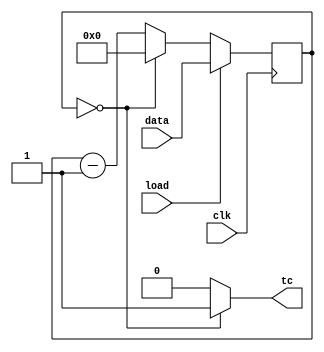
module top_module(
	input clk, 
	input load, 
	input [9:0] data, 
	output tc
);
    reg [9:0] cnt;
    
    assign tc=(cnt==10'h0)?1'b1:1'b0;
    
    always @(posedge clk) begin
        if(load)   cnt<=data;
        else begin
            if(cnt==10'h0)     cnt<=10'h0;
            else			   cnt<=cnt-1'h1;
        end
    end

endmodule